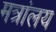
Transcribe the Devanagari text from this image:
मत्रांलय